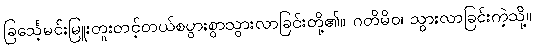
ခြင်္သေ့မင်းမြူးတူးတင့်တယ်စပွားစွာသွားလာခြင်းတို့၏။ ဂတိမိဝ၊ သွားလာခြင်းကဲ့သို့။